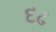
દઢ